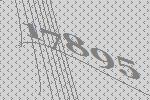
17895